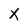
Character: X